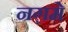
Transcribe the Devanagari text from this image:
नग़मे